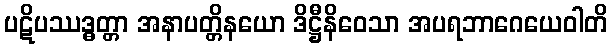
ပဋိပဿဒ္ဓတ္တာ အနာပတ္တိနယော ဒိဋ္ဌီနိဝေသာ အပရဘာဂေယေဝါတိ